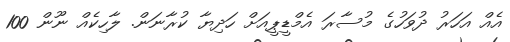
އެއް އަހަރު ދުވަހުގެ މުސާރަ އެމްޑީޕީއަށް ހަދިޔާ ކުރާނަން. ލާހިކެއް ނޫން 100